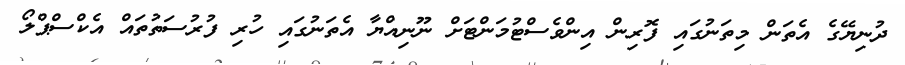
ދުނިޔޭގެ އެތަން މިތަނުގައި ފޮރިން އިންވެސްޓުމަންޓަށް ނޫނިއްޔާ އެތަނުގައި ހުރި ފުރުސަތުތައް އެކްސްޕްލޯ